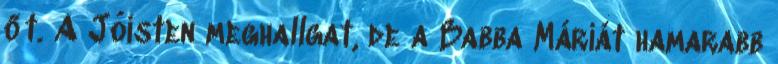
őt. A Jóisten meghallgat, de a Babba Máriát hamarabb